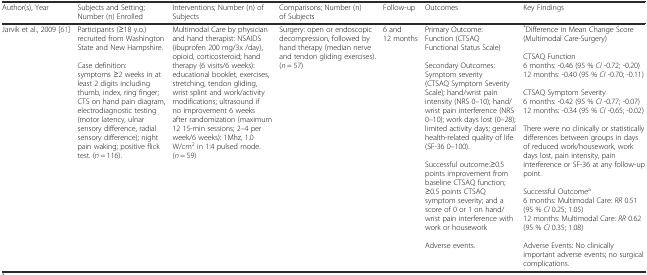
<table><thead><tr><td><b>Author(s), Year</b></td><td><b>Subjects and Setting; Number (n) Enrolled</b></td><td><b>Interventions; Number (n) of Subjects</b></td><td><b>Comparisons; Number (n) of Subjects</b></td><td><b>Follow-up</b></td><td><b>Outcomes</b></td><td><b>Key Findings</b></td></tr></thead><tbody><tr><td>Jarvik et al., 2009 [61]</td><td>Participants (≥18 y.o.) recruited from Washington State and New Hampshire.Case definition: symptoms ≥2 weeks in at least 2 digits including thumb, index, ring finger; CTS on hand pain diagram, electrodiagnostic testing (motor latency, ulnar sensory difference, radial sensory difference); night pain waking; positive flick test. (<i>n</i> = 116).</td><td>Multimodal Care by physician and hand therapist: NSAIDS (ibuprofen 200 mg/3x /day), opioid, corticosteroid; hand therapy (6 visits/6 weeks): educational booklet, exercises, stretching, tendon gliding, wrist splint and work/activity modifications; ultrasound if no improvement 6 weeks after randomization (maximum 12 15-min sessions; 2–4 per week/6 weeks): 1Mhz, 1.0 W/cm<sup>2</sup> in 1:4 pulsed mode. (<i>n</i> = 59)</td><td>Surgery: open or endoscopic decompression, followed by hand therapy (median nerve and tendon gliding exercises). (<i>n</i> = 57)</td><td>6 and 12 months</td><td>Primary Outcome: Function (CTSAQ Functional Status Scale)Secondary Outcomes: Symptom severity (CTSAQ Symptom Severity Scale); hand/wrist pain intensity (NRS 0–10); hand/wrist pain interference (NRS 0–10); work days lost (0–28); limited activity days; general health-related quality of life (SF-36 0–100).Successful outcome:≥0.5 points improvement from baseline CTSAQ function; ≥0.5 points CTSAQ symptom severity; and a score of 0 or 1 on hand/ wrist pain interference with work or housework Adverse events.</td><td><sup>*</sup>Difference in Mean Change Score (Multimodal Care-Surgery) CTSAQ Function 6 months: -0.46 (95 % <i>CI</i> -0.72; -0.20)12 months: -0.40 (95 % <i>CI</i> -0.70; -0.11) CTSAQ Symptom Severity 6 months: -0.42 (95 % <i>CI</i> -0.77; -0.07)12 months: -0.34 (95 % <i>CI</i> -0.65; -0.02)There were no clinically or statistically differences between groups in days of reduced work/housework, work days lost, pain intensity, pain interference or SF-36 at any follow-up point.Successful Outcome<sup>a</sup>6 months: Multimodal Care: <i>RR</i> 0.51 (95 % <i>CI</i> 0.25; 1.05)12 months: Multimodal Care: <i>RR</i> 0.62 (95 % <i>CI</i> 0.35; 1.08) Adverse Events: No clinically important adverse events; no surgical complications.</td></tr></tbody></table>